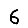
Digit: 6